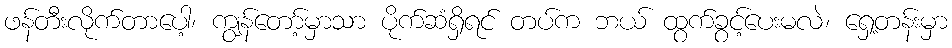
ဖန်တီးလိုက်တာပေါ့၊ ကျွန်တော့်မှာသာ ပိုက်ဆံရှိရင် တပ်က ဘယ် ထွက်ခွင့်ပေးမလဲ၊ ရှေ့တန်းမှာ